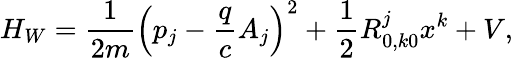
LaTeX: H_{W}=\frac{1}{2m}\left(p_{j}-\frac{q}{c}A_{j}\right)^{2}+\frac{1}{2}R_{0,k0}^{j}x^{k}+V,